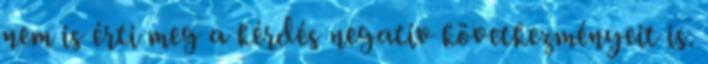
nem is érti meg a kérdés negatív következményeit is.